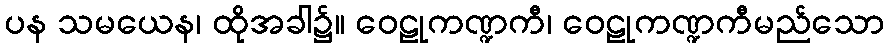
ပန သမယေန၊ ထိုအခါ၌။ ဝေဠုကဏ္ဍကီ၊ ဝေဠုကဏ္ဍကီမည်သော